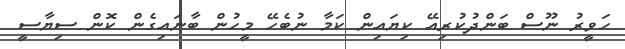
ހަވީރު ނޫސް ބަންދުކުރިއޭ ކިޔައިން ކަމާ ނުބެހޭ މީހުން ބާނައިގެން ކޮން ސިޔާސީ